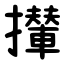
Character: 攆